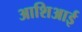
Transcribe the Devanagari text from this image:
आशिआई